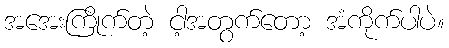
အအေးကြိုက်တဲ့ ငါ့အတွက်တော့ အံကိုက်ပါပဲ။